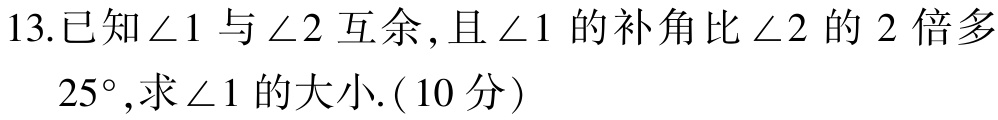
13.已知\(\angle 1\)与\(\angle 2\)互余，且\(\angle 1\)的补角比\(\angle 2\)的\(2\)倍多\(25^{\circ}\)，求\(\angle 1\)的大小.（\(10\)分）